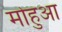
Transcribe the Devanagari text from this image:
मोहुआ